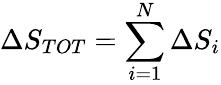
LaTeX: {\Delta}S_{TOT}=\sum_{i=1}^{N}{\Delta}S_{i}